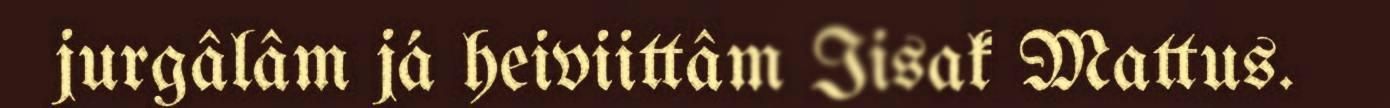
jurgâlâm já heiviittâm Iisak Mattus.